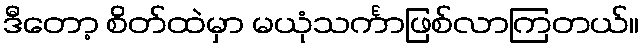
ဒီတော့ စိတ်ထဲမှာ မယုံသင်္ကာဖြစ်လာကြတယ်။